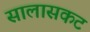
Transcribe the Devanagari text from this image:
सालासकट